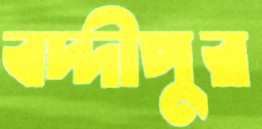
বদ্দীপুর